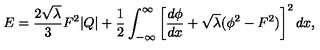
E = { \frac { 2 \sqrt { \lambda } } { 3 } } F ^ { 2 } | Q | + { \frac { 1 } { 2 } } \int _ { - \infty } ^ { \infty } \left[ { \frac { d \phi } { d x } } + \sqrt { \lambda } ( \phi ^ { 2 } - F ^ { 2 } ) \right] ^ { 2 } d x ,